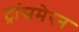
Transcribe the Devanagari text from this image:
ट्रांसमेरन